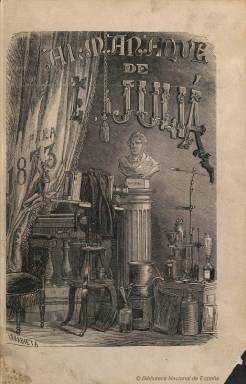
Título: Almanaque de E. Juliá
Otros títulos: Almanaque de Eusebio Juliá
Colección: Almanaques || Literatura
Ámbito geográfico: Madrid
Lugar de publicación: Madrid
Fechas: 01/01/1873-31/12/1874

Publicado como reclamo publicitario del estudio de uno de los más prestigiosos fotógrafos de la segunda mitad del siglo XIX, Eusebio Juliá y García Núñez (1826 ó 1830-1895), que lo había establecido en 1857, primero en la calle Visitación, 1, y después en la del Príncipe, contiguo al Teatro de la Comedia de Madrid, y conocido popularizador de los repertorios gráficos como editor de una Galería de españoles célebres. En este caso, editará dos almanaques; el primero, para 1873 (impreso en 1872), y el segundo, para 1874 (impreso en 1873), que salen de la imprenta de R. Labajos, en 8º, y a cuyo título añade la indicación “contiene composiciones literarias”. De cada uno mandará imprimir dos ediciones, una sin la inclusión de ilustraciones para ofrecérselo gratuitamente a su distinguida clientela, y otra estampada en buen papel con una elegante cubierta en la que incluye –como es el caso del de 1873- una galería de 33 retratos ovales del busto de otros tantos escritores de aquel tiempo (en láminas fuera de texto), que a la vez escriben los textos del almanaque, además del retrato del propio Juliá.

Ambos almanaques tienen una cubierta ocupada íntegramente por el grabado de un estudio fotográfico de la época, en el que aparece un busto de Luis Daguerre (1787-1851), firmado por Urrabieta, y comienzan con una presentación del editor, seguida de un calendario católico y astronómico, para a continuación incluir los textos en verso o en prosa (romances, relatos dramáticos, cuentos, narraciones, etc.) firmados por los escritores cuyas fotografías forman el álbum del volumen de 1873. En este aparecen un par de textos sobre el propio Juliá, de Teodoro Guerrero (p. 39-40) y Nicolás Díaz y Pérez (p. 69-71), y al final también las tarifas de franqueo postal y una docena de páginas de publicidad comercial, que se suman a las 71 foliadas previamente. En el ejemplar de 1874 de la Biblioteca Nacional de España sólo aparecen reproducidas las fotografías de Juliá y de Juan Eugenio Hartzenbusch, y debe corresponder a la edición reducida, así como un texto sobre el propio Juliá, de Manuel Henao y Muñoz. En ambos almanaques, Juliá también da una relación de los retratos de escritores, políticos, artistas o actores de los que era autor y que integraban su álbum fotográfico de “eminencias contemporáneas”.

La aparición de los retratos de los escritores y sus escritos para el almanaque de 1873 lo es alfabéticamente y, además de los ya citados, se encuentran los de José Amador de los Ríos, Wenceslao Ayguals de Izco, Eusebio Blasco, Eduardo Bustillo, Francisco Bañares, Ramón de Campoamor, Carlos Frontaura, Julio Nombela, Juan Martínez Villergas, Ventura Ruiz Aguilera, Rafael García Santisteban, Ramón de Mesonero Romanos o el del Marqués de Molíns, entre otros. El de 1874, de 80 páginas foliadas,  incluye textos de autores que no habían aparecido en el anterior volumen, como es el caso de los de Manuel Bretón, Eduardo Bustillo, Eduardo Gasset Artime, Antonio de los Ríos y Rosas, Ángel Fernández de los Ríos o Luis Martínez de Esquílez.

[Descripción modificada el 18/12/2019]